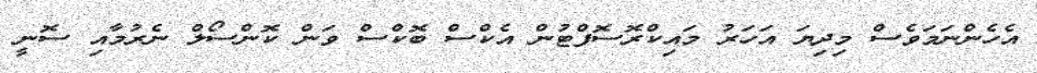
އެހެންނަމަވެސް މިދިޔަ އަހަރު މައިކްރޮސޮފްޓުން އެކްސް ބޮކްސް ވަން ކޮންސޯލް ނެރުމާއި ސޮނީ